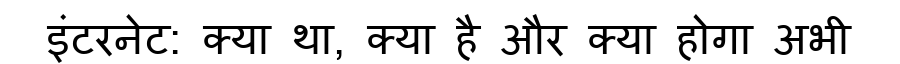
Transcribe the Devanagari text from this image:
इंटरनेट: क्या था, क्या है और क्या होगा अभी